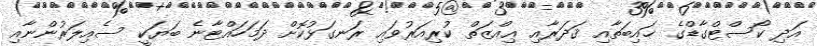
އަދި ކޯސްޓްގާޑްގެ ޚައިބަތާއި ޤަދަރާއި ޢިއްޒަތް ކުރިއަރުވައި ރަނގަޅުކޮށް ދަމަހައްޓާނެ ބަޔަކީ ސެއިލަރުންނާއި